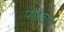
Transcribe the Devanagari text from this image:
पौडचा